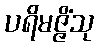
ပရိမဇ္ဇိံသု